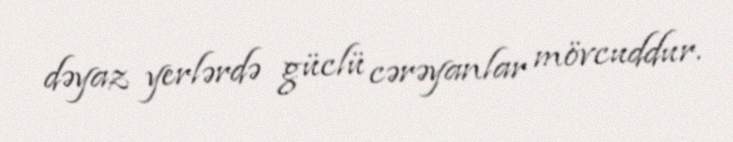
dəyaz yerlərdə güclü cərəyanlar mövcuddur.